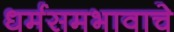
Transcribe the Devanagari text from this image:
धर्मसमभावाचे